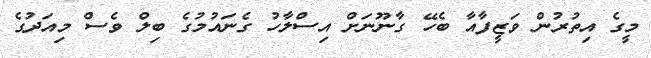
މީގެ އިތުރުން ވަޒީފާއާ ބެހޭ ގާނޫނަށް އިސްލާހު ގެނައުމުގެ ބިލް ވެސް މިއަދުގެ